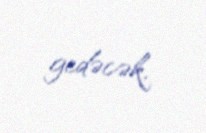
gedəcək.